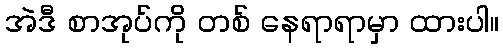
အဲဒီ စာအုပ်ကို တစ် နေရာရာမှာ ထားပါ။